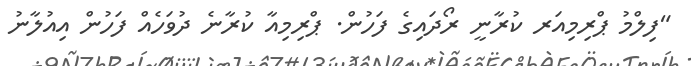
"ފިލްމު ޕްރިމިއަރ ކުރާނީ ރޯދައިގެ ފަހުން. ޕްރިމިއާ ކުރާނެ ދުވަހެއް ފަހުން އިއުލާނު